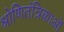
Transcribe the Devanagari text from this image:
श्रोणितंत्रिकाओं